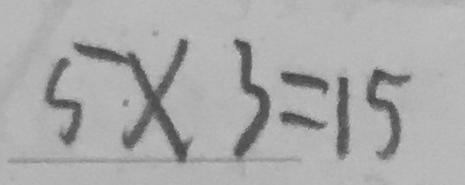
5 \cdot \times 3 = 1 5